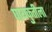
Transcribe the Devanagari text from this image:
घायकुतीला